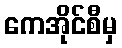
ကေအိုင်စီမှ